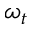
\omega _ { t }